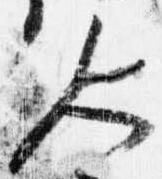
人